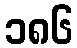
၁၈၆